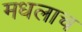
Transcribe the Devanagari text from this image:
मधलाच